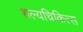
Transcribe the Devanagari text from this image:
शल्यचिकित्स